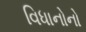
વિધાનોનો